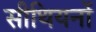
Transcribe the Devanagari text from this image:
सीथियनों